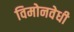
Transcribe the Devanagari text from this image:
विमोनवेधी